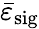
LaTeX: \bar{\varepsilon}_{\mathrm{sig}}